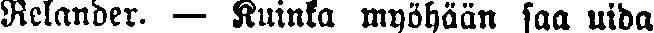
Relander. — Kuinka myöhään saa uida